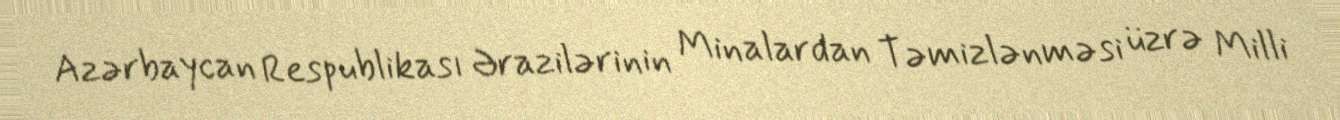
Azərbaycan Respublikası Ərazilərinin Minalardan Təmizlənməsi üzrə Milli